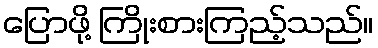
ပြောဖို့ ကြိုးစားကြည့်သည်။